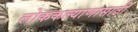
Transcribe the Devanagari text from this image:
लोककल्याणासाठी